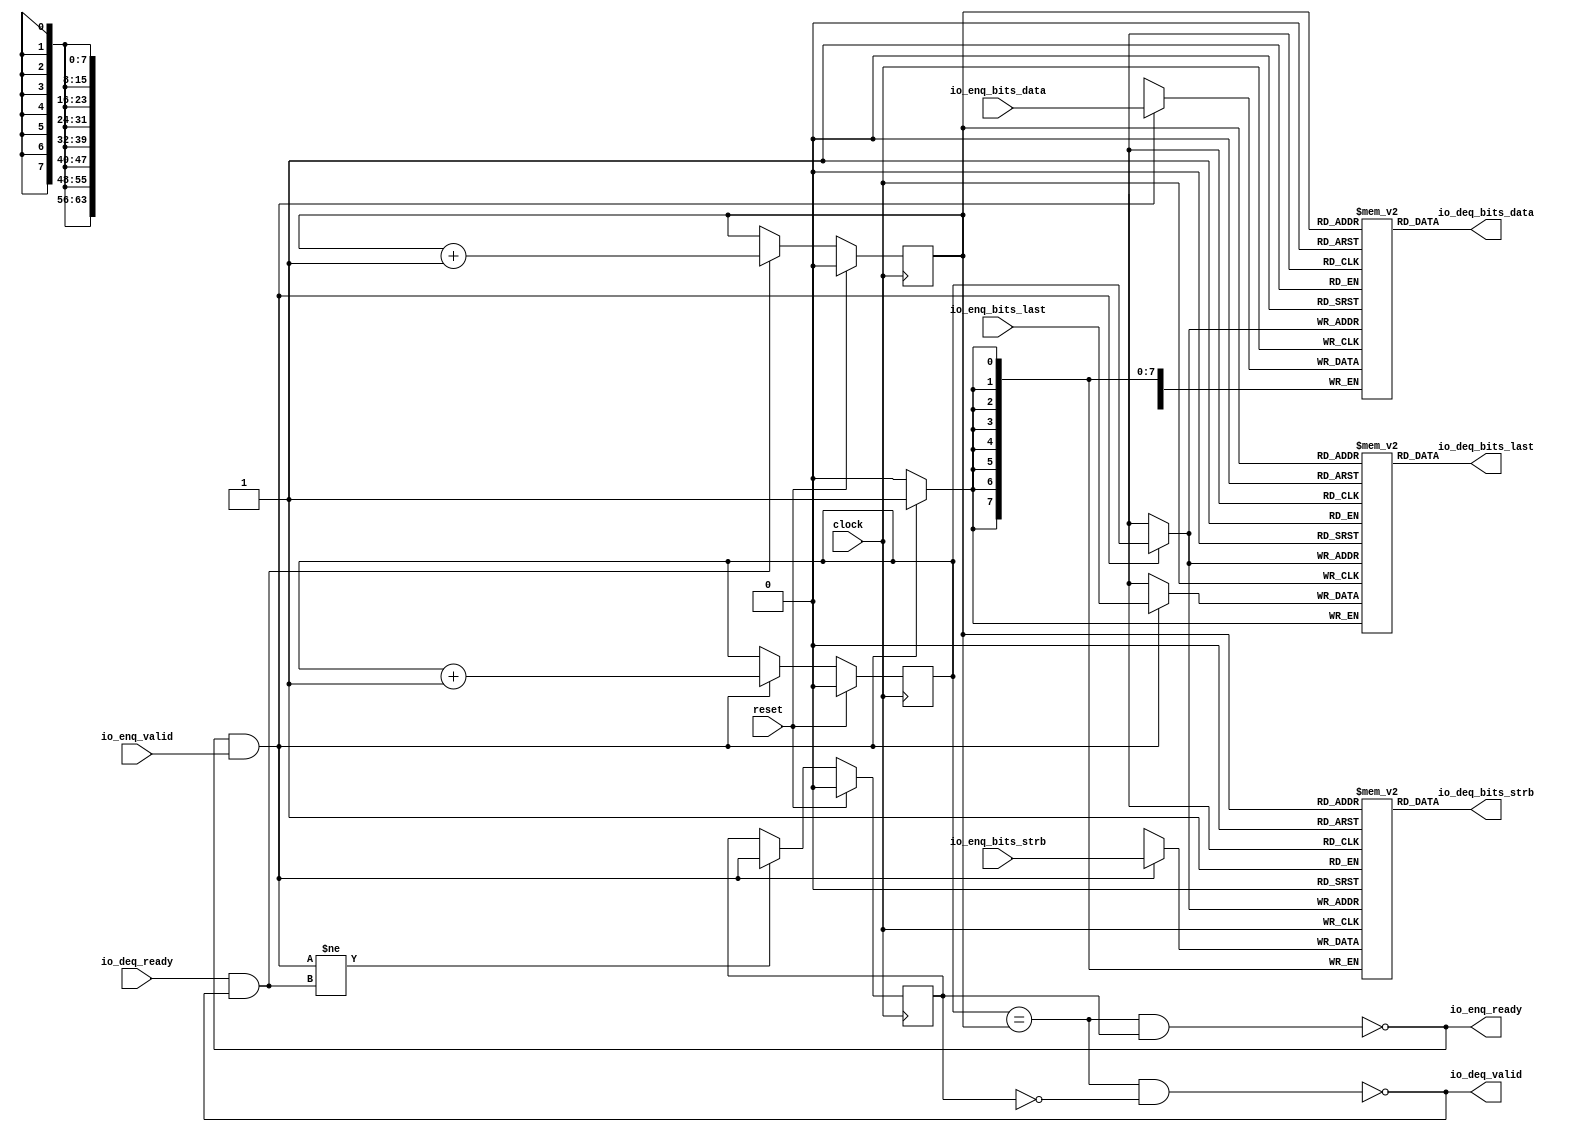
module Queue_1(
  input         clock,
  input         reset,
  output        io_enq_ready,
  input         io_enq_valid,
  input  [63:0] io_enq_bits_data,
  input  [7:0]  io_enq_bits_strb,
  input         io_enq_bits_last,
  input         io_deq_ready,
  output        io_deq_valid,
  output [63:0] io_deq_bits_data,
  output [7:0]  io_deq_bits_strb,
  output        io_deq_bits_last
);
`ifdef RANDOMIZE_MEM_INIT
  reg [63:0] _RAND_0;
  reg [31:0] _RAND_1;
  reg [31:0] _RAND_2;
`endif // RANDOMIZE_MEM_INIT
`ifdef RANDOMIZE_REG_INIT
  reg [31:0] _RAND_3;
  reg [31:0] _RAND_4;
  reg [31:0] _RAND_5;
`endif // RANDOMIZE_REG_INIT
  reg [63:0] ram_data [0:1]; // @[Decoupled.scala 259:95]
  wire  ram_data_io_deq_bits_MPORT_en; // @[Decoupled.scala 259:95]
  wire  ram_data_io_deq_bits_MPORT_addr; // @[Decoupled.scala 259:95]
  wire [63:0] ram_data_io_deq_bits_MPORT_data; // @[Decoupled.scala 259:95]
  wire [63:0] ram_data_MPORT_data; // @[Decoupled.scala 259:95]
  wire  ram_data_MPORT_addr; // @[Decoupled.scala 259:95]
  wire  ram_data_MPORT_mask; // @[Decoupled.scala 259:95]
  wire  ram_data_MPORT_en; // @[Decoupled.scala 259:95]
  reg [7:0] ram_strb [0:1]; // @[Decoupled.scala 259:95]
  wire  ram_strb_io_deq_bits_MPORT_en; // @[Decoupled.scala 259:95]
  wire  ram_strb_io_deq_bits_MPORT_addr; // @[Decoupled.scala 259:95]
  wire [7:0] ram_strb_io_deq_bits_MPORT_data; // @[Decoupled.scala 259:95]
  wire [7:0] ram_strb_MPORT_data; // @[Decoupled.scala 259:95]
  wire  ram_strb_MPORT_addr; // @[Decoupled.scala 259:95]
  wire  ram_strb_MPORT_mask; // @[Decoupled.scala 259:95]
  wire  ram_strb_MPORT_en; // @[Decoupled.scala 259:95]
  reg  ram_last [0:1]; // @[Decoupled.scala 259:95]
  wire  ram_last_io_deq_bits_MPORT_en; // @[Decoupled.scala 259:95]
  wire  ram_last_io_deq_bits_MPORT_addr; // @[Decoupled.scala 259:95]
  wire  ram_last_io_deq_bits_MPORT_data; // @[Decoupled.scala 259:95]
  wire  ram_last_MPORT_data; // @[Decoupled.scala 259:95]
  wire  ram_last_MPORT_addr; // @[Decoupled.scala 259:95]
  wire  ram_last_MPORT_mask; // @[Decoupled.scala 259:95]
  wire  ram_last_MPORT_en; // @[Decoupled.scala 259:95]
  reg  value; // @[Counter.scala 62:40]
  reg  value_1; // @[Counter.scala 62:40]
  reg  maybe_full; // @[Decoupled.scala 262:27]
  wire  ptr_match = value == value_1; // @[Decoupled.scala 263:33]
  wire  empty = ptr_match & ~maybe_full; // @[Decoupled.scala 264:25]
  wire  full = ptr_match & maybe_full; // @[Decoupled.scala 265:24]
  wire  do_enq = io_enq_ready & io_enq_valid; // @[Decoupled.scala 50:35]
  wire  do_deq = io_deq_ready & io_deq_valid; // @[Decoupled.scala 50:35]
  assign ram_data_io_deq_bits_MPORT_en = 1'h1;
  assign ram_data_io_deq_bits_MPORT_addr = value_1;
  assign ram_data_io_deq_bits_MPORT_data = ram_data[ram_data_io_deq_bits_MPORT_addr]; // @[Decoupled.scala 259:95]
  assign ram_data_MPORT_data = io_enq_bits_data;
  assign ram_data_MPORT_addr = value;
  assign ram_data_MPORT_mask = 1'h1;
  assign ram_data_MPORT_en = io_enq_ready & io_enq_valid;
  assign ram_strb_io_deq_bits_MPORT_en = 1'h1;
  assign ram_strb_io_deq_bits_MPORT_addr = value_1;
  assign ram_strb_io_deq_bits_MPORT_data = ram_strb[ram_strb_io_deq_bits_MPORT_addr]; // @[Decoupled.scala 259:95]
  assign ram_strb_MPORT_data = io_enq_bits_strb;
  assign ram_strb_MPORT_addr = value;
  assign ram_strb_MPORT_mask = 1'h1;
  assign ram_strb_MPORT_en = io_enq_ready & io_enq_valid;
  assign ram_last_io_deq_bits_MPORT_en = 1'h1;
  assign ram_last_io_deq_bits_MPORT_addr = value_1;
  assign ram_last_io_deq_bits_MPORT_data = ram_last[ram_last_io_deq_bits_MPORT_addr]; // @[Decoupled.scala 259:95]
  assign ram_last_MPORT_data = io_enq_bits_last;
  assign ram_last_MPORT_addr = value;
  assign ram_last_MPORT_mask = 1'h1;
  assign ram_last_MPORT_en = io_enq_ready & io_enq_valid;
  assign io_enq_ready = ~full; // @[Decoupled.scala 289:19]
  assign io_deq_valid = ~empty; // @[Decoupled.scala 288:19]
  assign io_deq_bits_data = ram_data_io_deq_bits_MPORT_data; // @[Decoupled.scala 296:17]
  assign io_deq_bits_strb = ram_strb_io_deq_bits_MPORT_data; // @[Decoupled.scala 296:17]
  assign io_deq_bits_last = ram_last_io_deq_bits_MPORT_data; // @[Decoupled.scala 296:17]
  always @(posedge clock) begin
    if (ram_data_MPORT_en & ram_data_MPORT_mask) begin
      ram_data[ram_data_MPORT_addr] <= ram_data_MPORT_data; // @[Decoupled.scala 259:95]
    end
    if (ram_strb_MPORT_en & ram_strb_MPORT_mask) begin
      ram_strb[ram_strb_MPORT_addr] <= ram_strb_MPORT_data; // @[Decoupled.scala 259:95]
    end
    if (ram_last_MPORT_en & ram_last_MPORT_mask) begin
      ram_last[ram_last_MPORT_addr] <= ram_last_MPORT_data; // @[Decoupled.scala 259:95]
    end
    if (reset) begin // @[Counter.scala 62:40]
      value <= 1'h0; // @[Counter.scala 62:40]
    end else if (do_enq) begin // @[Decoupled.scala 272:16]
      value <= value + 1'h1; // @[Counter.scala 78:15]
    end
    if (reset) begin // @[Counter.scala 62:40]
      value_1 <= 1'h0; // @[Counter.scala 62:40]
    end else if (do_deq) begin // @[Decoupled.scala 276:16]
      value_1 <= value_1 + 1'h1; // @[Counter.scala 78:15]
    end
    if (reset) begin // @[Decoupled.scala 262:27]
      maybe_full <= 1'h0; // @[Decoupled.scala 262:27]
    end else if (do_enq != do_deq) begin // @[Decoupled.scala 279:27]
      maybe_full <= do_enq; // @[Decoupled.scala 280:16]
    end
  end
// Register and memory initialization
`ifdef RANDOMIZE_GARBAGE_ASSIGN
`define RANDOMIZE
`endif
`ifdef RANDOMIZE_INVALID_ASSIGN
`define RANDOMIZE
`endif
`ifdef RANDOMIZE_REG_INIT
`define RANDOMIZE
`endif
`ifdef RANDOMIZE_MEM_INIT
`define RANDOMIZE
`endif
`ifndef RANDOM
`define RANDOM $random
`endif
`ifdef RANDOMIZE_MEM_INIT
  integer initvar;
`endif
`ifndef SYNTHESIS
`ifdef FIRRTL_BEFORE_INITIAL
`FIRRTL_BEFORE_INITIAL
`endif
initial begin
  `ifdef RANDOMIZE
    `ifdef INIT_RANDOM
      `INIT_RANDOM
    `endif
    `ifndef VERILATOR
      `ifdef RANDOMIZE_DELAY
        #`RANDOMIZE_DELAY begin end
      `else
        #0.002 begin end
      `endif
    `endif
`ifdef RANDOMIZE_MEM_INIT
  _RAND_0 = {2{`RANDOM}};
  for (initvar = 0; initvar < 2; initvar = initvar+1)
    ram_data[initvar] = _RAND_0[63:0];
  _RAND_1 = {1{`RANDOM}};
  for (initvar = 0; initvar < 2; initvar = initvar+1)
    ram_strb[initvar] = _RAND_1[7:0];
  _RAND_2 = {1{`RANDOM}};
  for (initvar = 0; initvar < 2; initvar = initvar+1)
    ram_last[initvar] = _RAND_2[0:0];
`endif // RANDOMIZE_MEM_INIT
`ifdef RANDOMIZE_REG_INIT
  _RAND_3 = {1{`RANDOM}};
  value = _RAND_3[0:0];
  _RAND_4 = {1{`RANDOM}};
  value_1 = _RAND_4[0:0];
  _RAND_5 = {1{`RANDOM}};
  maybe_full = _RAND_5[0:0];
`endif // RANDOMIZE_REG_INIT
  `endif // RANDOMIZE
end // initial
`ifdef FIRRTL_AFTER_INITIAL
`FIRRTL_AFTER_INITIAL
`endif
`endif // SYNTHESIS
endmodule